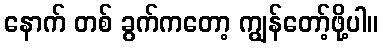
နောက် တစ် ခွက်ကတော့ ကျွန်တော့်ဖို့ပါ။